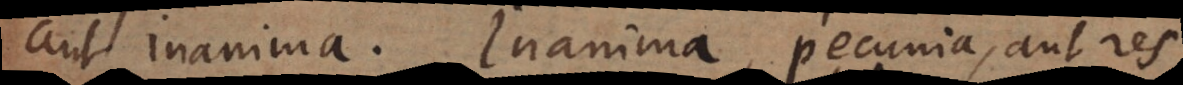
aut inanima. Inanima, pecunia, aut res